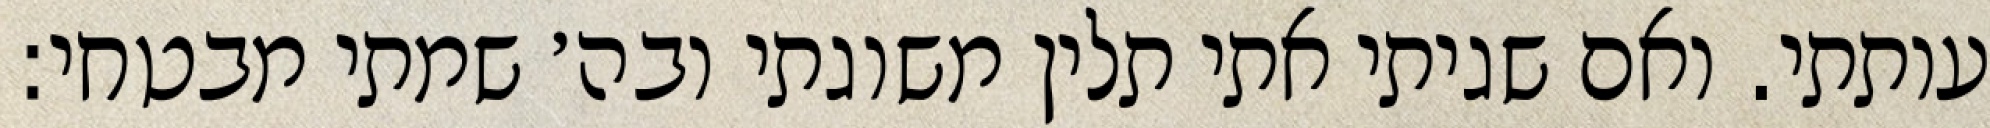
עותתי. ואם שגיתי אתי תלין משוגתי ובה׳ שמתי מבטחי: